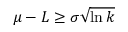
\mu - L \geq \sigma { \sqrt { \ln { k } } }